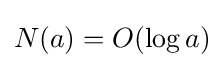
N(a)=O(\log a)